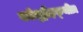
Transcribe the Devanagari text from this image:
कॉन्ड्रीइक्थीज़